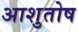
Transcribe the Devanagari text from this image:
अाशुतोष